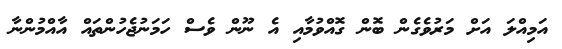
އަމިއްލަ އަށް މަރުވެގެން ބޮން ގޮއްވުމާއި އެ ނޫން ވެސް ހަމަނުޖެހުންތައް އާއްމުންނާ